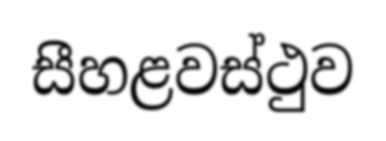
සීහළවස්ථුව